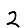
Digit: 2